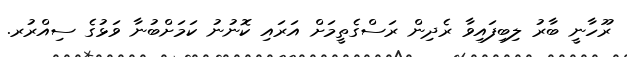
ރޫހާނީ ބާރު ލިބިފައިވާ ރެދިން ރަސްގެތީމަށް އަރައި ކޮނުނު ކަމަށްބުނާ ވަޅުގެ ސިއްރުރ.